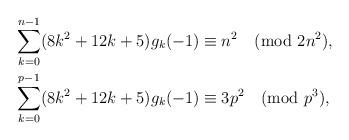
LaTeX: \begin{align*}\sum_{k=0}^{n-1}(8k^2+12k+5)g_k(-1) &\equiv n^2\pmod{2n^2}, \\\sum_{k=0}^{p-1}(8k^2+12k+5)g_k(-1) &\equiv 3p^2\pmod{p^3}, \end{align*}